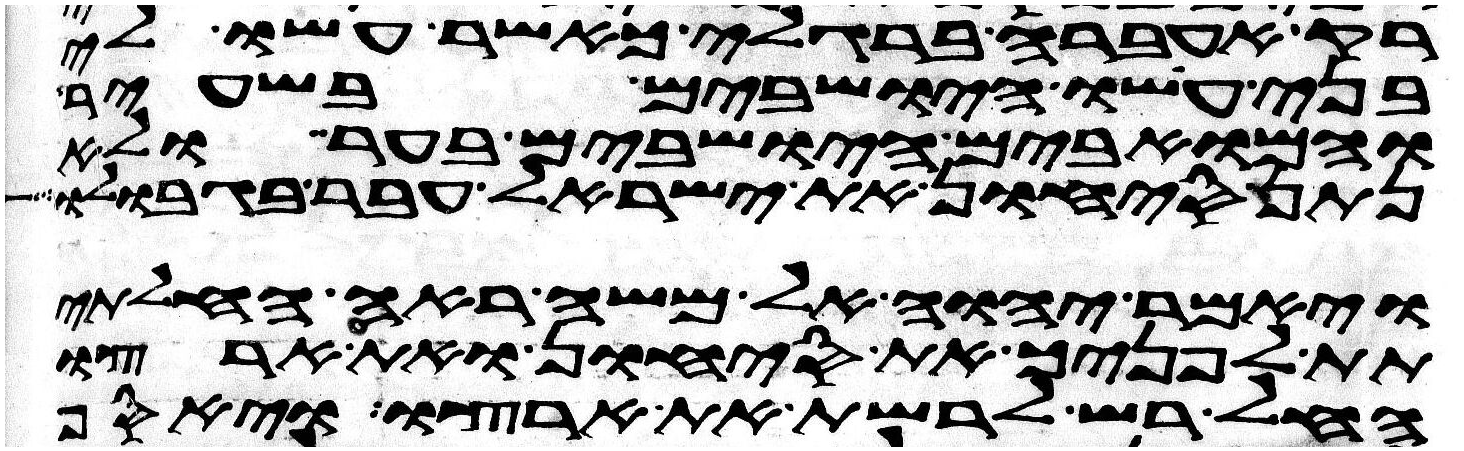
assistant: רק אעברה ברגלי כאשר עשו לי
בני עשו הישבים בשעיר
והמואבים הישבים בער ולא
נתן סיחון את ישראל עבר בגבולו
ויאמר יהוה אל משה ראה החלתי
תת לפניך את סיחון ואת ארצו
החל רש לרשת את ארצו ויאסף